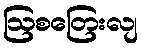
ဩစတြေးလျ